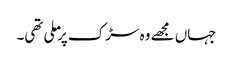
جہاں مجھے وہ سڑک پر ملی تھی۔